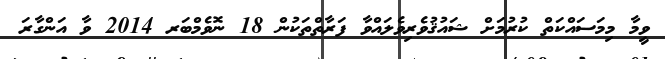
ވީމާ މިމަސައްކަތް ކުރުމަށް ޝައުޤުވެރިވެލައްވާ ފަރާތްތަކުން 18 ނޮވެމްބަރ 2014 ވާ އަންގާރަ